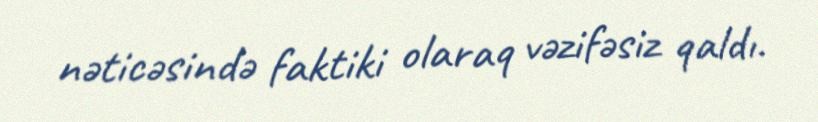
nəticəsində faktiki olaraq vəzifəsiz qaldı.